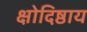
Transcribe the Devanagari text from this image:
क्षोदिष्ठाय